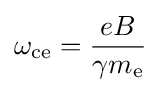
\omega _{\text{ce}}={\frac {eB}{\gamma m_{\text{e}}}}